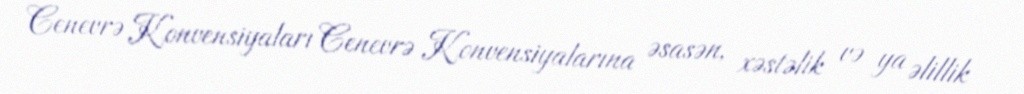
Cenevrə Konvensiyaları Cenevrə Konvensiyalarına əsasən, xəstəlik və ya əlillik